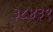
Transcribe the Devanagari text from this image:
३८४३९